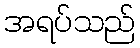
အရပ်သည်